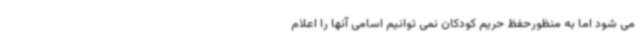
می شود اما به منظورحفظ حریم کودکان نمی توانیم اسامی آنها را اعلام